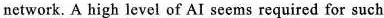
network, A high level of AI seems required for such